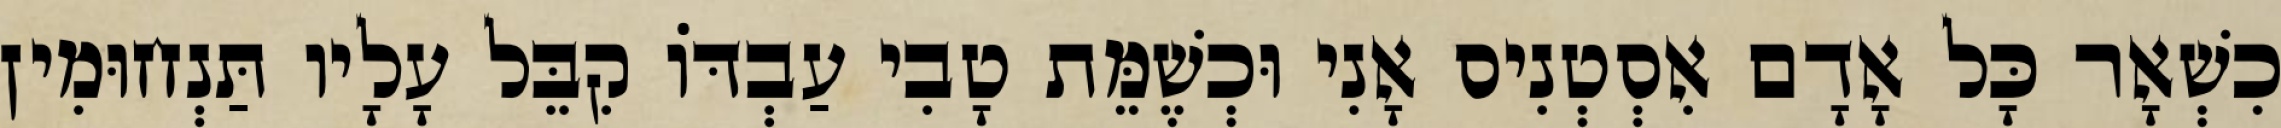
כִשְׁאָר כָּל אָדָם אִסְטְנִיס אָנִי וּכְשֶׁמֵּת טָבִי עַבְדּוֹ קִבֵּל עָלָיו תַּנְחוּמִין